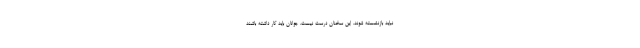
نباید بازنشسته شوند. این سخنان درست نیست. جوانان باید کار داشته باشند